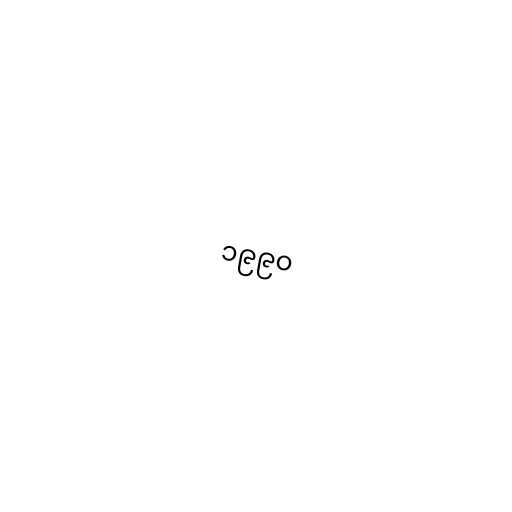
၁၉၉၀